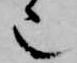
也